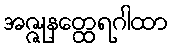
အဇ္ဇုနတ္ထေရဂါထာ